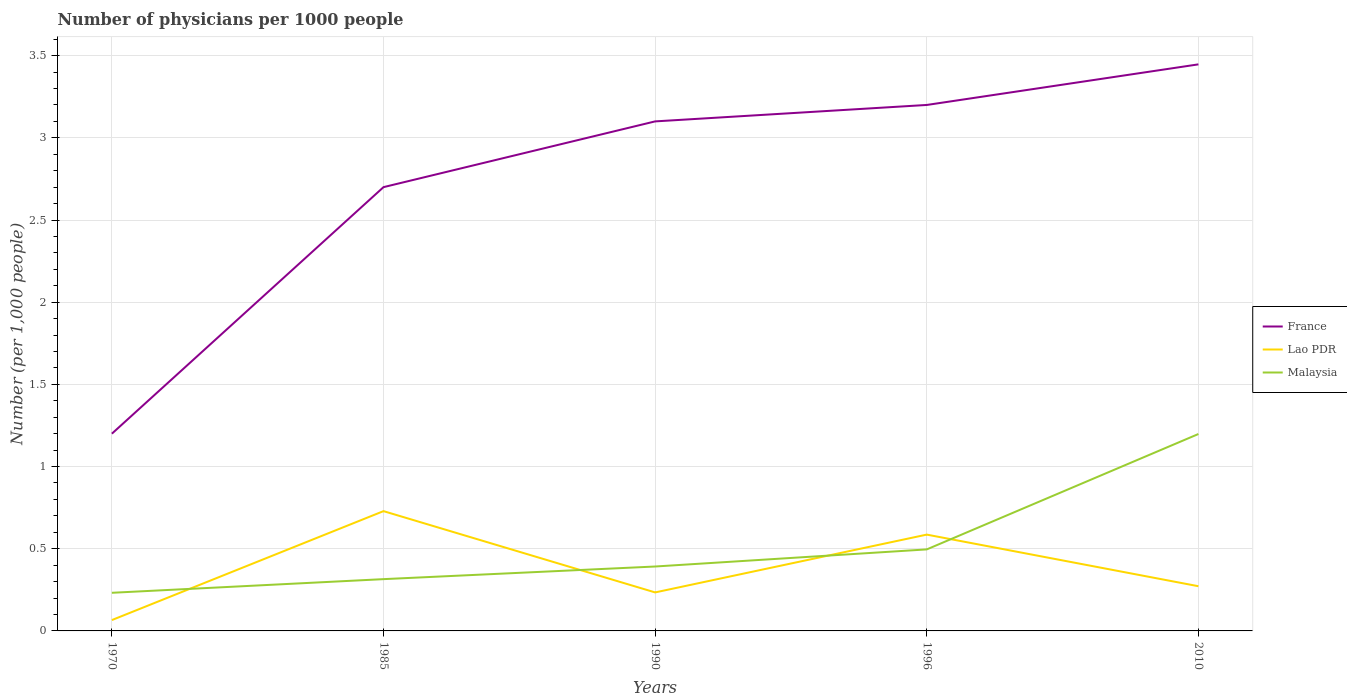
| Years | France | Lao PDR | Malaysia |
 | --- | --- | --- | --- |
 | 1970 | 1.2 | 0.066 | 0.232 |
 | 1985 | 2.7 | 0.729 | 0.315 |
 | 1990 | 3.1 | 0.234 | 0.392 |
 | 1996 | 3.2 | 0.586 | 0.496 |
 | 2010 | 3.45 | 0.272 | 1.2 |